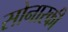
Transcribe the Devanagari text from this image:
सोनारकी